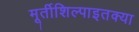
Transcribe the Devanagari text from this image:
मूर्तीशिल्पाइतक्या